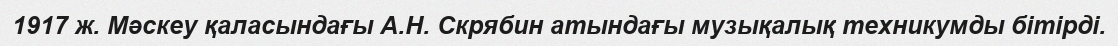
1917 ж. Мәскеу қаласындағы А.Н. Скрябин атындағы музықалық техникумды бітірді.